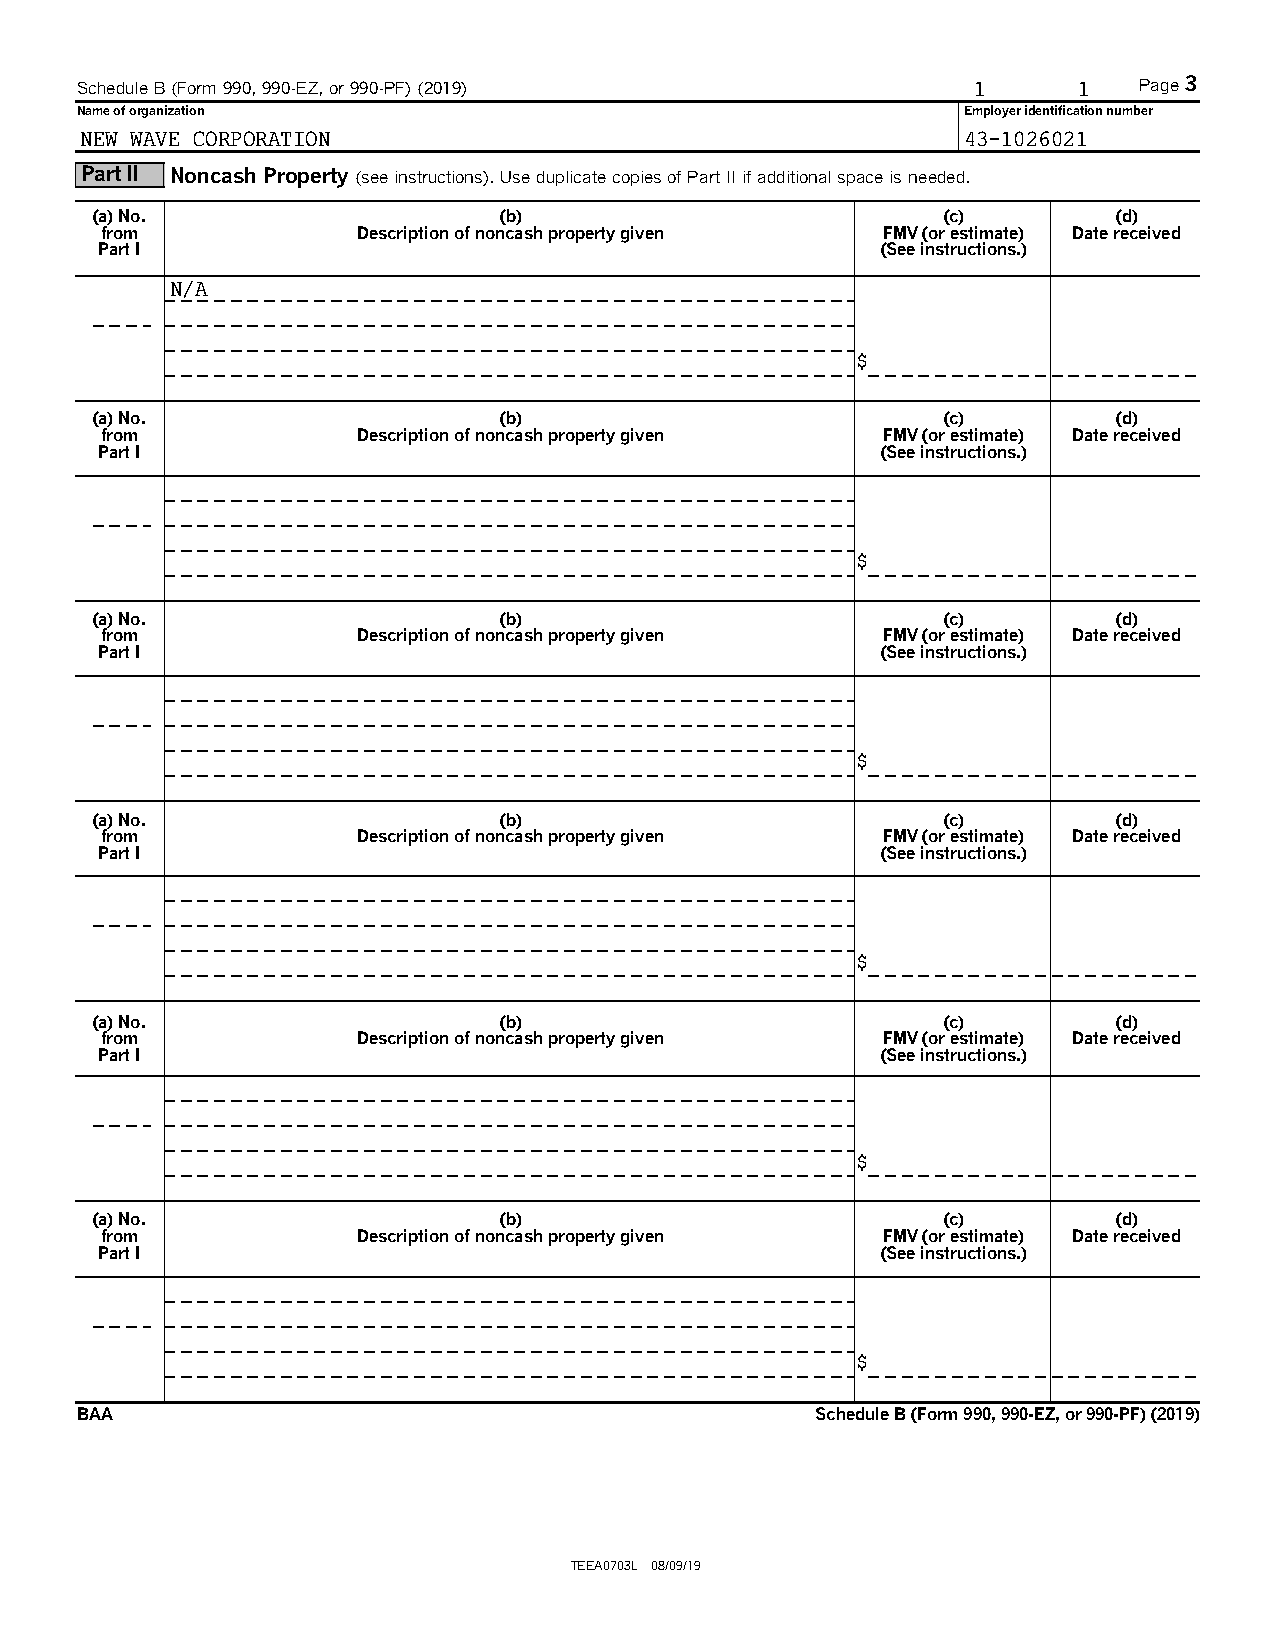
Schedule B (Form 990, 990-EZ, or 990-PF) (2019)            1      1   Page 3
 Name of organization                                       Employer identification number
 NEW WAVE CORPORATION                                       43-1026021
 Part II Noncash Property (see instructions). Use duplicate copies of Part II if additional space is needed.
 (a) No.                    (b)                          (c)         (d)
 from             Description of noncash property given FMV (or estimate) Date received
 Part I                                             (See instructions.)
 N/A
 $
 (a) No.                    (b)                          (c)         (d)
 from             Description of noncash property given FMV (or estimate) Date received
 Part I                                             (See instructions.)
 $
 (a) No.                    (b)                          (c)         (d)
 from             Description of noncash property given FMV (or estimate) Date received
 Part I                                             (See instructions.)
 $
 (a) No.                    (b)                          (c)         (d)
 from             Description of noncash property given FMV (or estimate) Date received
 Part I                                             (See instructions.)
 $
 (a) No.                    (b)                          (c)         (d)
 from             Description of noncash property given FMV (or estimate) Date received
 Part I                                             (See instructions.)
 $
 (a) No.                    (b)                          (c)         (d)
 from             Description of noncash property given FMV (or estimate) Date received
 Part I                                             (See instructions.)
 $
 BAA                                              Schedule B (Form 990, 990-EZ, or 990-PF) (2019)
 TEEA0703L 08/09/19